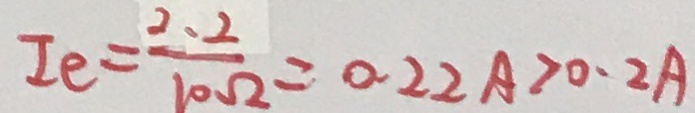
I e = \frac { 2 . 2 } { 1 0 \Omega } = 0 . 2 2 A > 0 . 2 A